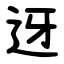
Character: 迓